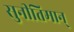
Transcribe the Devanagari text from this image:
सुनीतिमान्‌